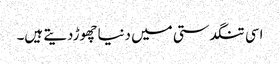
اسی تنگدستی میں دنیاچھوڑدیتے ہیں۔